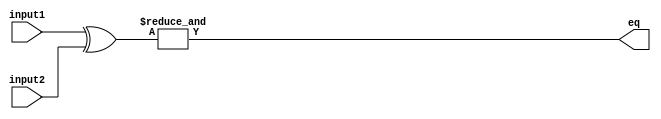
module serial_comparator (
    input wire [7:0] input1,
    input wire [7:0] input2,
    output wire eq
);

wire [7:0] xor_result;

assign xor_result = input1 ^ input2;

assign eq = & xor_result;

endmodule